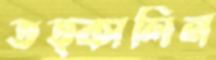
তত্কালিন